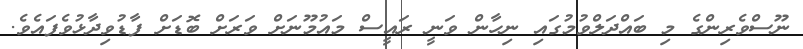
ނޫސްވެރިންގެ މި ބައްދަލްވުމުގައި ނިހާން ވަނީ ރައީސް މައުމޫނަށް ވަރަށް ބޮޑަށް ފާޑުވިދާޅުވެފައެވެ.